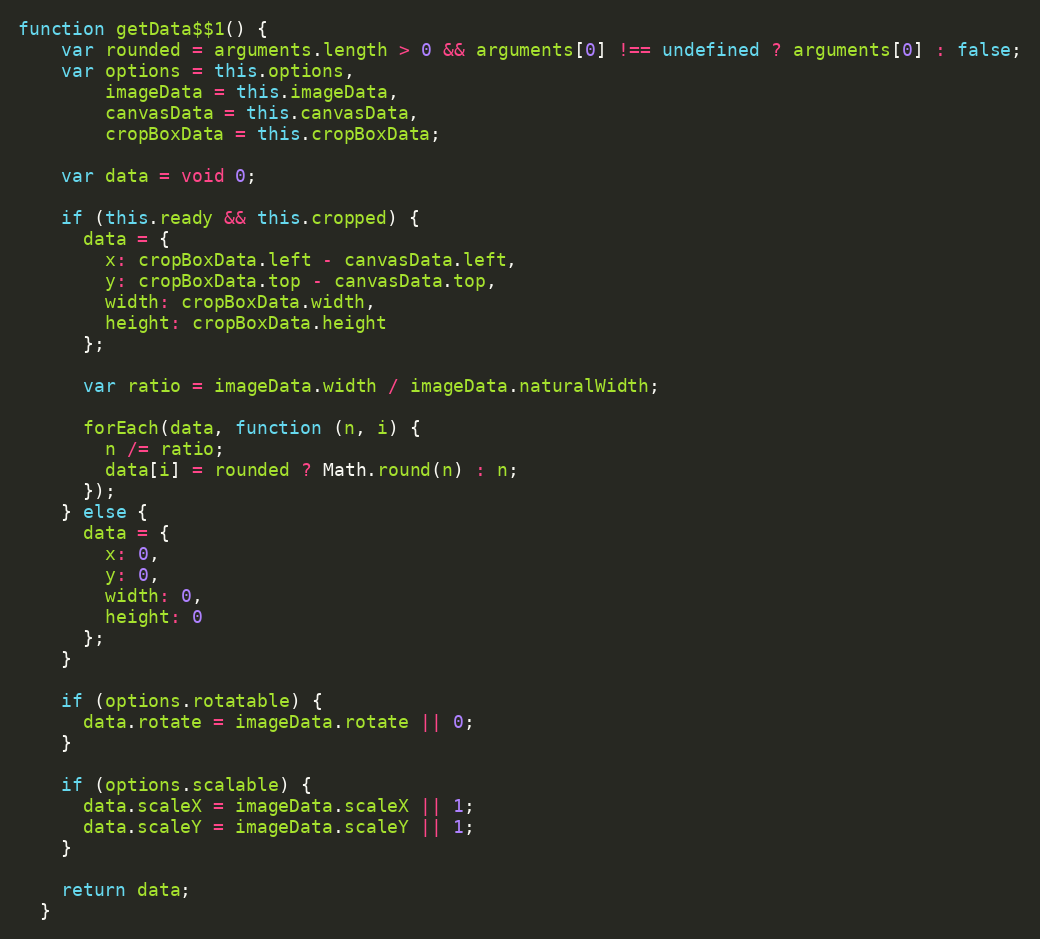
Language: JavaScript
function getData$$1() {
    var rounded = arguments.length > 0 && arguments[0] !== undefined ? arguments[0] : false;
    var options = this.options,
        imageData = this.imageData,
        canvasData = this.canvasData,
        cropBoxData = this.cropBoxData;

    var data = void 0;

    if (this.ready && this.cropped) {
      data = {
        x: cropBoxData.left - canvasData.left,
        y: cropBoxData.top - canvasData.top,
        width: cropBoxData.width,
        height: cropBoxData.height
      };

      var ratio = imageData.width / imageData.naturalWidth;

      forEach(data, function (n, i) {
        n /= ratio;
        data[i] = rounded ? Math.round(n) : n;
      });
    } else {
      data = {
        x: 0,
        y: 0,
        width: 0,
        height: 0
      };
    }

    if (options.rotatable) {
      data.rotate = imageData.rotate || 0;
    }

    if (options.scalable) {
      data.scaleX = imageData.scaleX || 1;
      data.scaleY = imageData.scaleY || 1;
    }

    return data;
  }